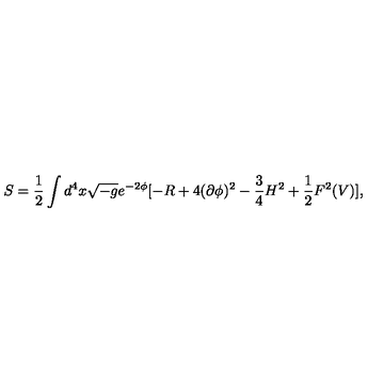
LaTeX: S = \frac { 1 } { 2 } \int d ^ { 4 } x \sqrt { - g } e ^ { - 2 \phi } [ - R + 4 ( \partial \phi ) ^ { 2 } - \frac { 3 } { 4 } H ^ { 2 } + \frac { 1 } { 2 } F ^ { 2 } ( V ) ] ,